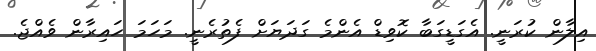
އިލާން ކުރަނީ. އެގަޑީގަބާ ކޮވިޑް އެންމެ ގަދަޔަށް ފެތުރެނީ. މަހަމަ ހައިރާން ވެއްޖެ.